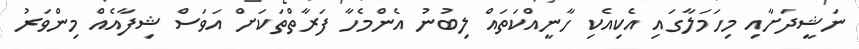
ނަޝީދަށާއި މިހަމަލާގައި އެކިއެކި ހާނީއްކަތައް ލިބުނު އެންމެހާ ފަރާތްތަކަށް އަވަސް ޝިފާއެއް މިންވަރު